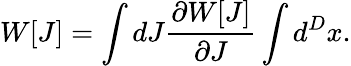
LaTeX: W[J]=\int dJ\frac{\partial W[J]}{\partial J}\int d^{D}x.